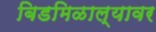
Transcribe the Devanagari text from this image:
बिडमिळाल्यावर